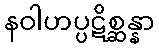
နဝါဟပ္ပဋိစ္ဆန္နာ